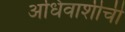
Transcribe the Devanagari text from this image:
अधिवाशीची